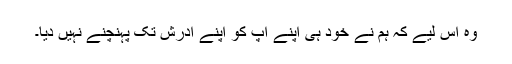
وہ اس لیے کہ ہم نے خود ہی اپنے آپ کو اپنے آدرش تک پہنچنے نہیں دیا۔